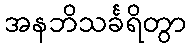
အနဘိသင်္ခရိတွာ